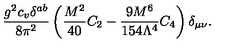
\frac { g ^ { 2 } c _ { v } \delta ^ { a b } } { 8 \pi ^ { 2 } } \left( \frac { M ^ { 2 } } { 4 0 } C _ { 2 } - \frac { 9 M ^ { 6 } } { 1 5 4 \Lambda ^ { 4 } } C _ { 4 } \right) \delta _ { \mu \nu } .